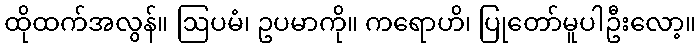
ထိုထက်အလွန်။ ဩပမံ၊ ဥပမာကို။ ကရောဟိ၊ ပြုတော်မူပါဦးလော့။